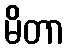
မိတာ